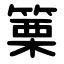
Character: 篥